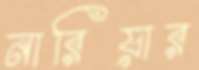
নারিয়ার